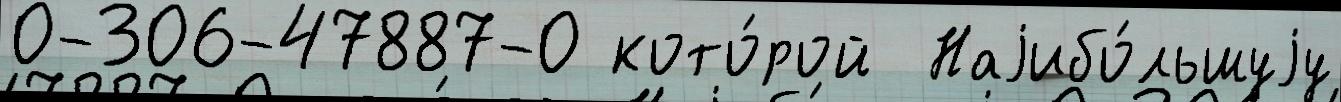
0-306-47887-0 кото́рой  Наjибо́льшуjу